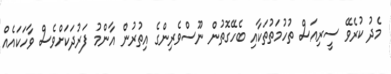
މެދު ކުރެވޭ ސީރިއަސް ތުހުމަތުތަކާއި ބެހޭގޮތުން ނޫސްވެރިންގެ އިތުރުން އާންމު ފަރުދަކަށްވެސް ވާހަކައެއް